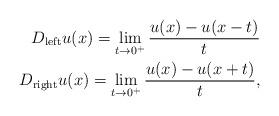
LaTeX: \begin{align*}\begin{aligned}D_{{\rm left}}u(x) = \lim_{t\rightarrow 0^+}\frac{u(x)- u(x-t)}{t}\\D_{{\rm right}}u(x) = \lim_{t\rightarrow 0^+} \frac{u(x)-u(x+t)}{t},\end{aligned}\end{align*}